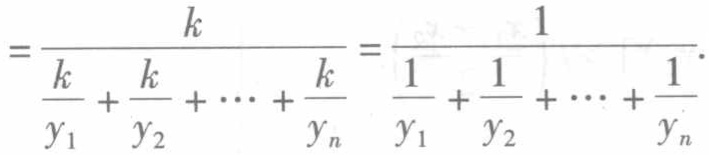
$=\frac{k}{\frac{k}{y_{1}}+\frac{k}{y_{2}}+\cdots+\frac{k}{y_{n}}}=\frac{1}{\frac{1}{y_{1}}+\frac{1}{y_{2}}+\cdots+\frac{1}{y_{n}}}.$